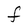
Character: F